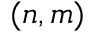
( n , m )